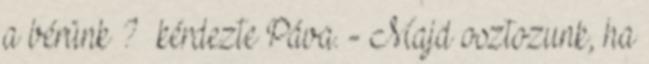
a bérünk ? –kérdezte Páva. - Majd osztozunk, ha